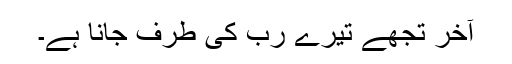
آخر تجھے تیرے رب کی طرف جانا ہے۔